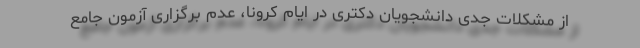
از مشکلات جدی دانشجویان دکتری در ایام کرونا، عدم برگزاری آزمون جامع